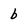
Character: b